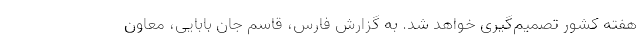
هفته کشور تصمیم‌گیری خواهد شد. به گزارش فارس، قاسم جان بابایی، معاون